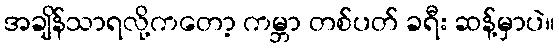
အချိန်သာရလို့ကတော့ ကမ္ဘာ တစ်ပတ် ခရီး ဆန့်မှာပဲ။